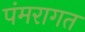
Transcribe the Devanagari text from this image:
पंमरागत